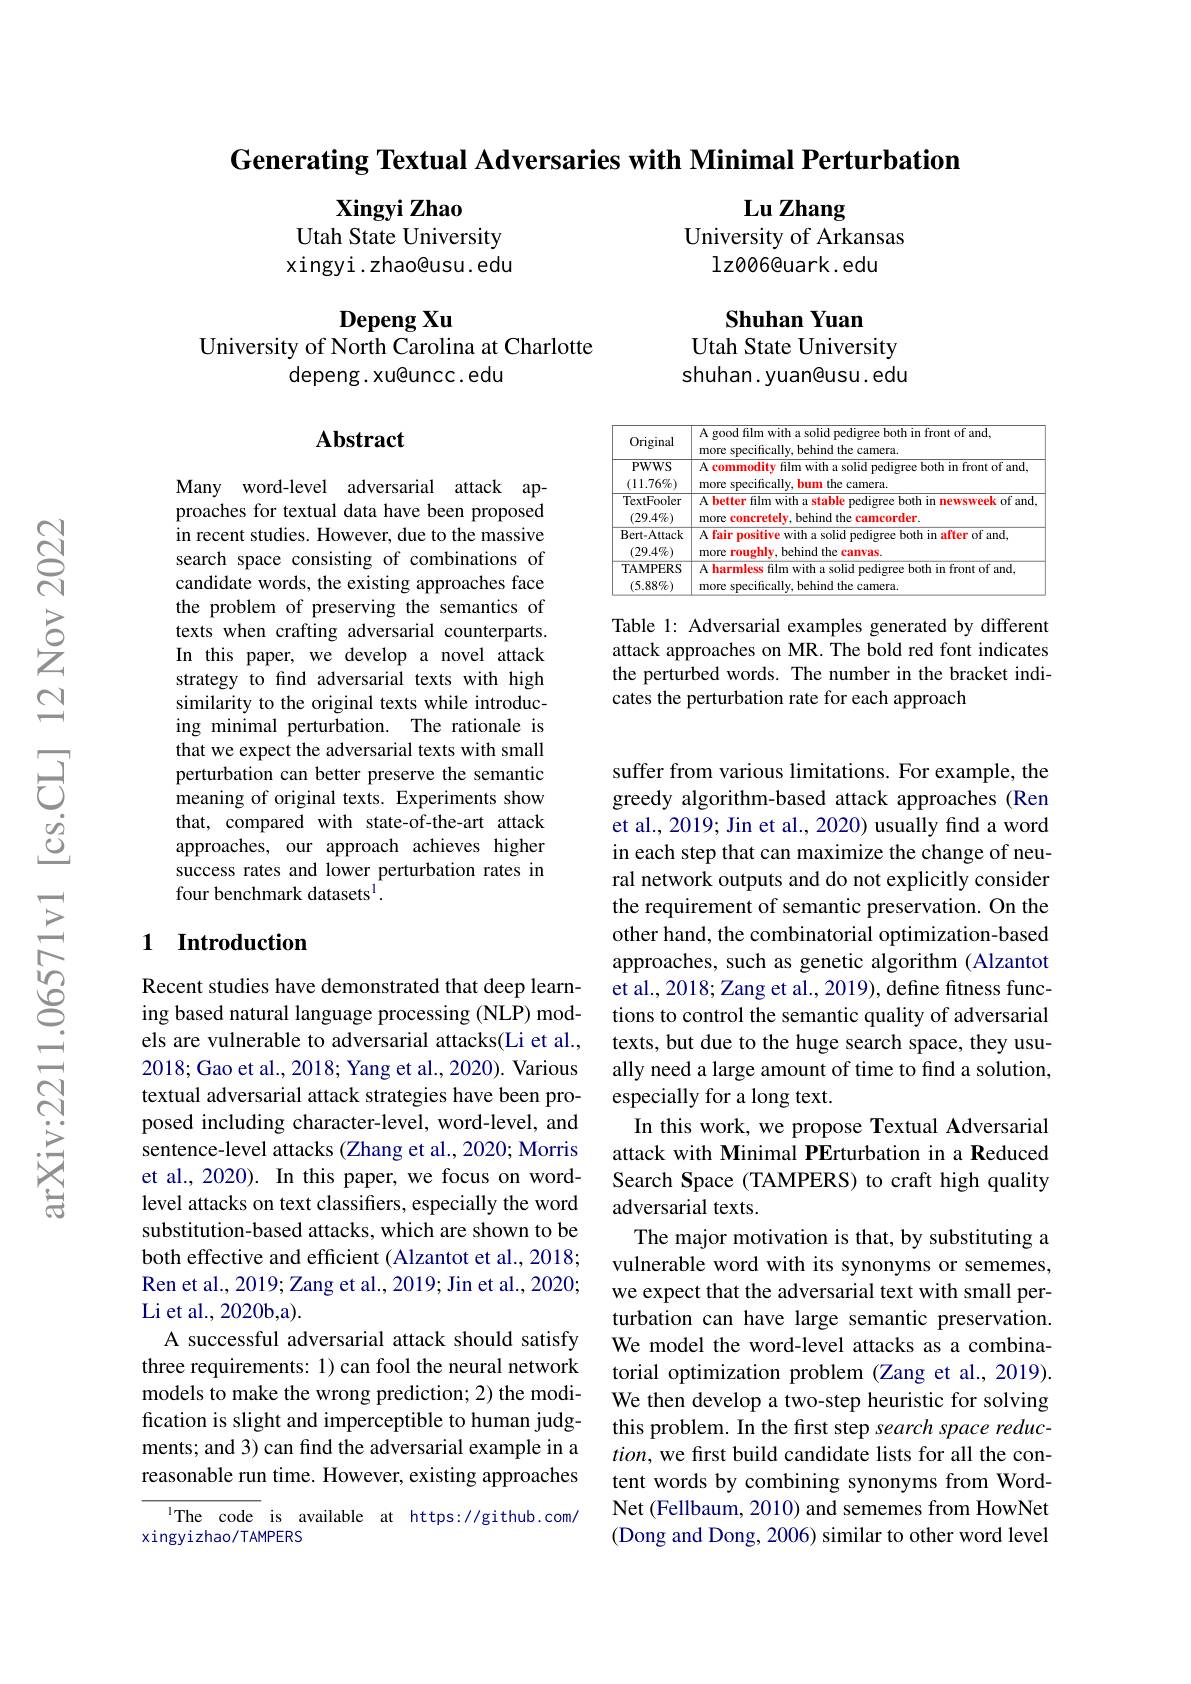
Generating Textual Adversaries with Minimal Perturbation

Lu Zhang
University of Arkansas
$1z006$@uark.edu

Xingyi Zhao
Utah State University xingyi.zhao@usu.edu

Depeng Xu
University of North Carolina at Charlotte
depeng. xu@uncc. edu

Shuhan Yuan
Utah State University shuhan. yuan@usu. edu

### $\mathbf{Abstract}$

<table>
	<tbody>
		<tr>
			<th>Original</th>
			<th>A good film with a solid pedigree both in front of and, more specifically, behind the camera.</th>
		</tr>
		<tr>
			<td>PWWS $(11.76\%)$</td>
			<td>${\mathrm{A~commodity}}$ y film with a solid pedigree both in front of and, more snecificallv bum n the camera</td>
		</tr>
		<tr>
			<td>TextFooler $(29.4\%)$</td>
			<td>A better film with a stable pedigree both in newsweek of and, more concretelv, behind the camcorder.</td>
		</tr>
		<tr>
			<td>Bert- Attack $(29.4\%)$</td>
			<td>A fair positive with a solid pedigree both in after of and, more roughly, behind the canvas.</td>
		</tr>
		<tr>
			<td>TAMPERS $(5.88\%)$</td>
			<td>A harmless film with a solid pedigree both in front of and, more specifically, behind the camera.</td>
		</tr>
	</tbody>
</table>

Table 1: Adversarial examples generated by different attack approaches on MR. The bold red font indicates the perturbed words. The number in the bracket indicates the perturbation rate for each approach

Many word-level adversarial attack approaches for textual data have been proposed in recent studies. However, due to the massive search space consisting of combinations of candidate words, the existing approaches face the problem of preserving the semantics of texts when crafting adversarial counterparts. In this paper, we develop a novel attack strategy to find adversarial texts with high similarity to the original texts while introducing minimal perturbation. The rationale is that we expect the adversarial texts with small perturbation can better preserve the semantic meaning of original texts. Experiments show that, compared with state-of-the-art attack approaches, our approach achieves higher success rates and lower perturbation rates in four benchmark datasets$^{\mathrm{l}}.$

### 1 Introduction

suffer from various limitations. For example, the greedy algorithm-based attack approaches (Ren et al., 2019; Jin et al., 2020) usually find a word in each step that can maximize the change of neural network outputs and do not explicitly consider the requirement of semantic preservation. On the other hand, the combinatorial optimization-based approaches, such as genetic algorithm (Alzantot et al., 2018; Zang et al., 2019), define fitness functions to control the semantic quality of adversarial texts, but due to the huge search space, they usually need a large amount of time to find a solution, especially for a long text.
In this work, we propose Textual Adversarial attack with Minimal PErturbation in a Reduced Search Space (TAMPERS) to craft high quality adversarial texts.
The major motivation is that, by substituting a vulnerable word with its synonyms or sememes, we expect that the adversarial text with small perturbation can have large semantic preservation. We model the word-level attacks as a combinatorial optimization problem (Zang et al., 2019). We then develop a two-step heuristic for solving this problem. In the first step search space reduc- $tion$, we first build candidate lists for all the content words by combining synonyms from WordNet (Fellbaum, 2010) and sememes from HowNet (Dong and Dong, 2006) similar to other word level

Recent studies have demonstrated that deep learning based natural language processing (NLP) models are vulnerable to adversarial attacks(Li et al., 2018; Gao et al., 2018; Yang et al., 2020). Various textual adversarial attack strategies have been proposed including character-level, word-level, and sentence-level attacks (Zhang et al., 2020; Morris et al., 2020). In this paper, we focus on wordlevel attacks on text classifiers, especially the word substitution-based attacks, which are shown to be both effective and efficient (Alzantot et al., 2018; Ren et al., 2019; Zang et al., 2019; Jin et al., 2020; Li et al., 2020b,a).
A successful adversarial attack should satisfy three requirements: 1) can fool the neural network models to make the wrong prediction; 2) the modification is slight and imperceptible to human judgments; and 3) can find the adversarial example in a reasonable run time. However, existing approaches

The code is available at https://github.com/
xingyizhao/TAMPERS